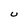
Character: U